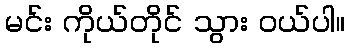
မင်း ကိုယ်တိုင် သွား ဝယ်ပါ။